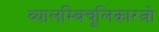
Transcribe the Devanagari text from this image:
व्यालम्बिचूलिकारत्नो